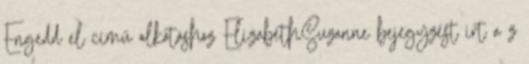
Engedd el című alkotáshoz ElizabethSuzanne bejegyzést írt a z